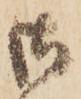
御